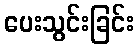
ပေးသွင်းခြင်း